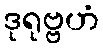
ဒုရုဗ္ဗဟံ